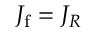
J _ { \mathrm { f } } = J _ { R }